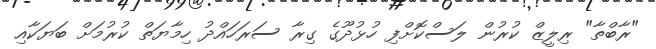
"ރާބްތާ" ރިލީޒް ކުރުން ލަސްކޮށްފި ހުޅުދޫގެ ގިރާ ސަރަހައްދު ހިމާޔަތް ކުރުމަށް ބަޔަކާއި